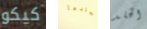
كيكو جلدها الخلد